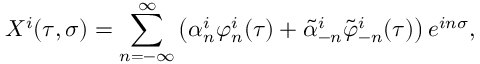
X ^ { i } ( \tau , \sigma ) = \sum _ { n = - \infty } ^ { \infty } \left( \alpha _ { n } ^ { i } \varphi _ { n } ^ { i } ( \tau ) + \tilde { \alpha } _ { - n } ^ { i } \tilde { \varphi } _ { - n } ^ { i } ( \tau ) \right) e ^ { i n \sigma } ,